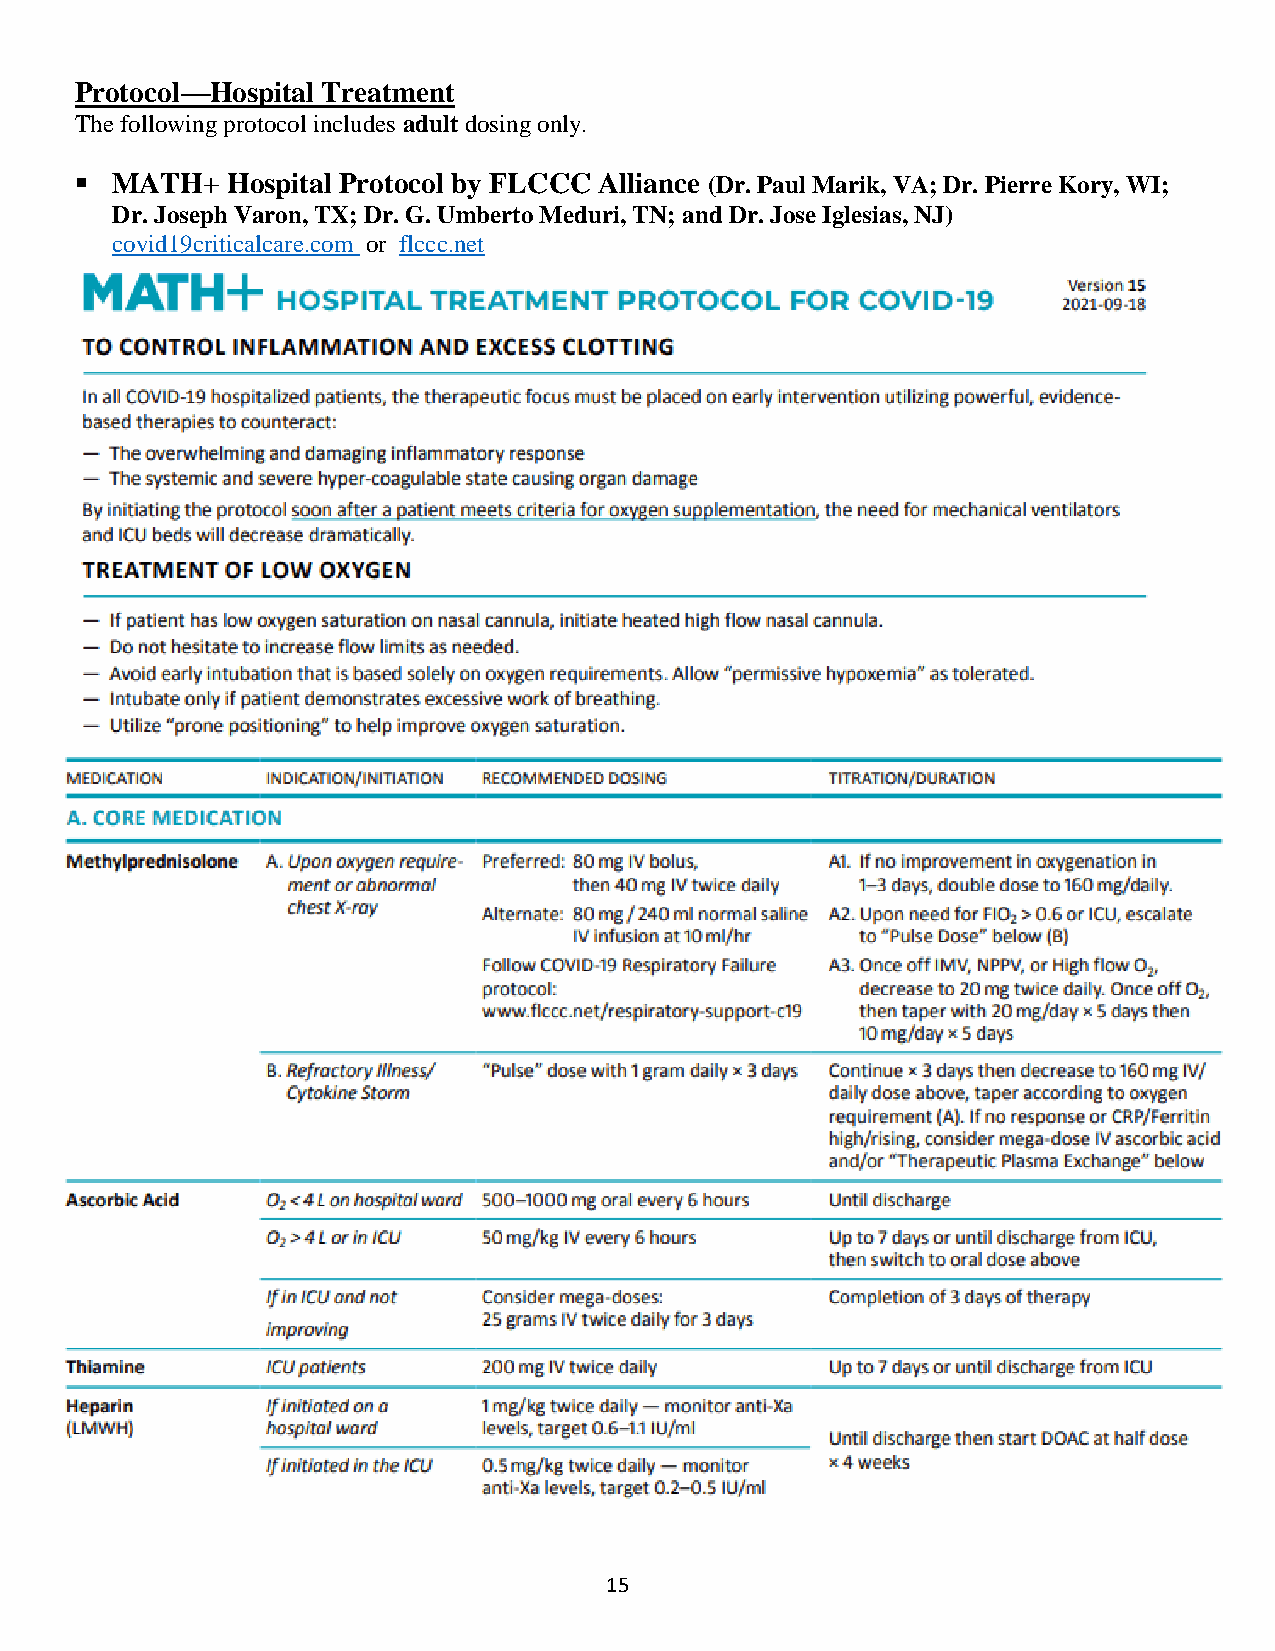
Protocol—Hospital Treatment
 The following protocol includes adult dosing only.
 ▪ MATH+   Hospital Protocol by FLCCC Alliance (Dr. Paul Marik, VA; Dr. Pierre Kory, WI;
 Dr. Joseph Varon, TX; Dr. G. Umberto Meduri, TN; and Dr. Jose Iglesias, NJ)
 covid19criticalcare.com or flccc.net
 15